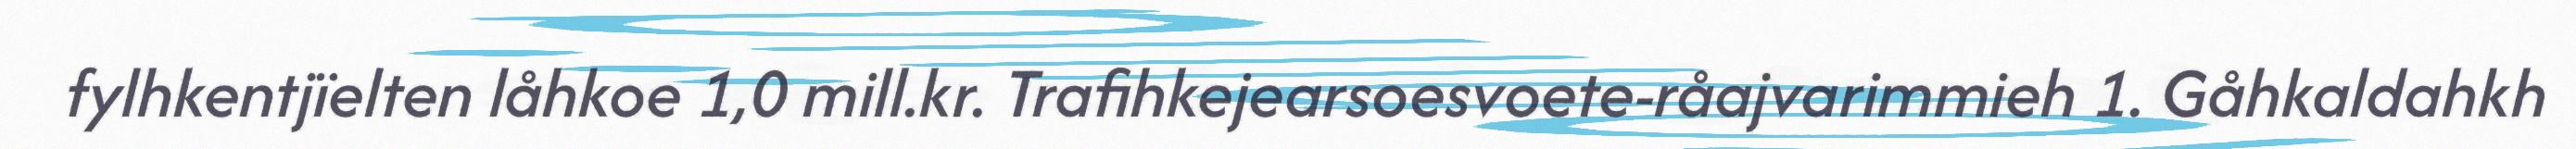
fylhkentjïelten låhkoe 1,0 mill.kr. Trafihkejearsoesvoete-råajvarimmieh 1. Gåhkaldahkh